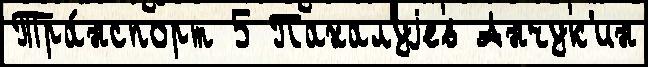
Тра́нспорт 5 Пахалуjев Анчук'ин